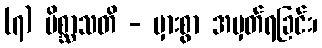
(၇) မိစ္ဆာသတိ - မှားစွာ အမှတ်ရခြင်း၊